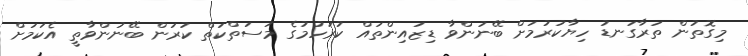
މިގޮތުން ތަރާގަނޑު ހިޔާކުރުމަށް ބޭނުންވާ ޑިޒައިންތައް ކުރަހުމުގެ މަސަތްކަތް ކުރަން ބޭނުންވާތީ އެކަމަށް